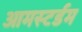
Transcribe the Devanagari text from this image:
आमस्टर्डम